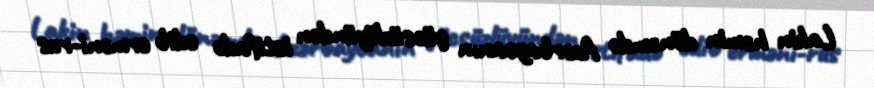
Lakin həmin dönəmdə Azərbaycanın gücsüzlüyündən istifadə edib erməni-rus